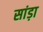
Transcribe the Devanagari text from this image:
सांड़ा